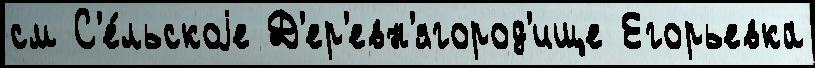
см С'е́льскоjе Д'ер'евн'ягород'ище Егорьевка